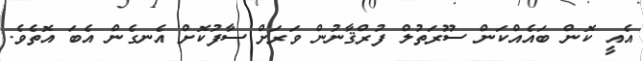
އެއީ ކޮން ބައެއްކަން ސޫރަތުލް ފުރްޤާނުން ވަރަށް ސާފުކޮށް އެނގެން އެބަ އޮތެވެ.